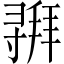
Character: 𫴵